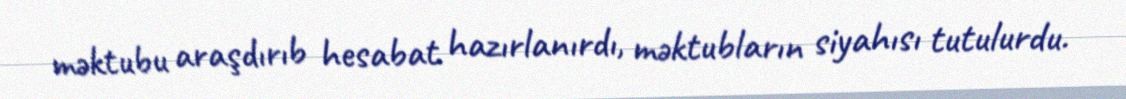
məktubu araşdırıb hesabat hazırlanırdı, məktubların siyahısı tutulurdu.